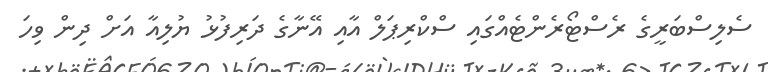
ސެލިސްބަރީގެ ރެސްޓޯރެންޓެއްގައި ސްކްރިޕަލް އާއި އޭނާގެ ދަރިފުޅު ޔުލިއާ އަށް ދިން ވިހަ